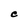
Character: C